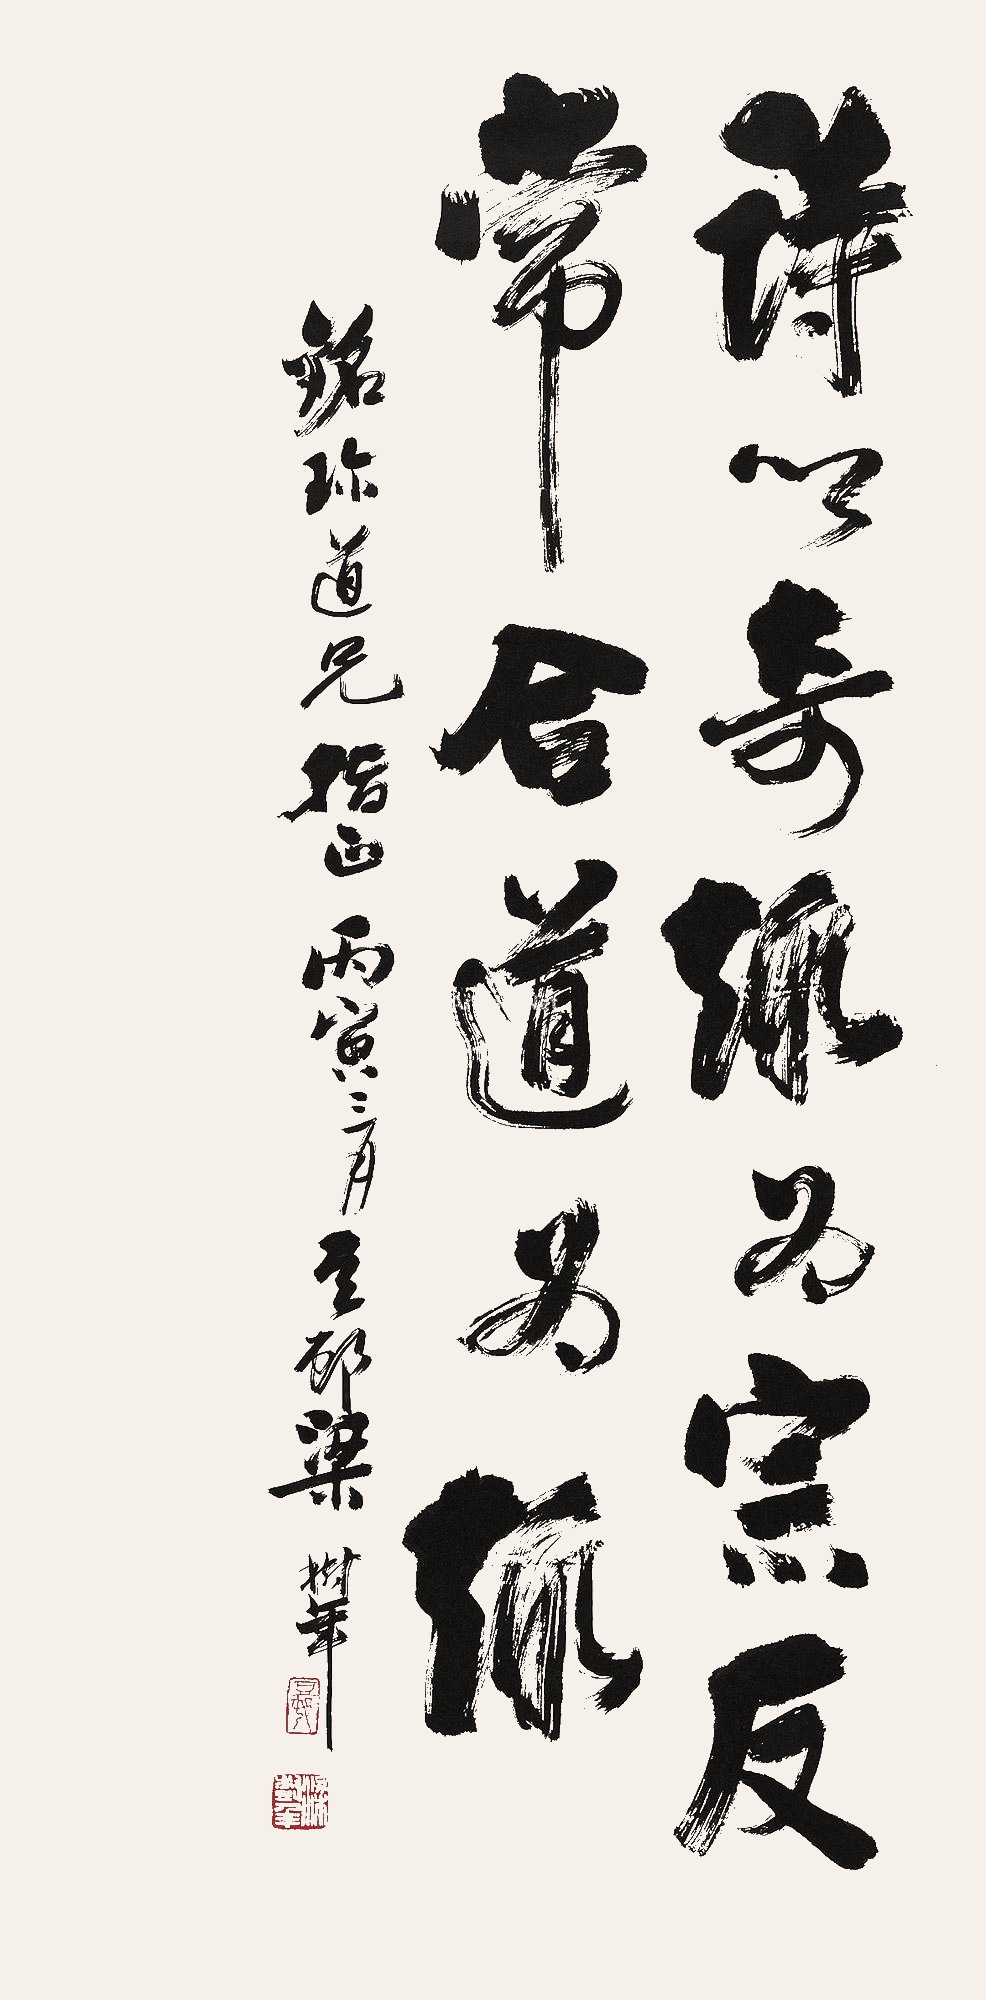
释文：诗以奇趣为宗，反常合道为趣。铭珍道兄指正。丙寅三月，豆村梁树年。